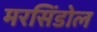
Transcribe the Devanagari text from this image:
मरसिंडोल